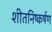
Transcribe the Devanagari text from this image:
शीतनिष्कर्षण